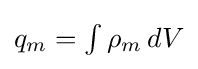
{\textstyle q_{m}=\int \rho _{m}\,dV}